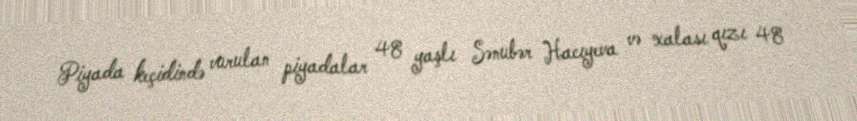
Piyada keçidində vurulan piyadalar 48 yaşlı Sənubər Hacıyeva və xalası qızı 48